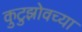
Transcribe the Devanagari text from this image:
कुटुझोवच्या